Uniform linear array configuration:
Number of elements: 16
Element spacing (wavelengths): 0.75
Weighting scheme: uniform
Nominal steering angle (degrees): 60
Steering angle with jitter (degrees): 60.464
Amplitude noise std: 0.05
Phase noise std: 0.05

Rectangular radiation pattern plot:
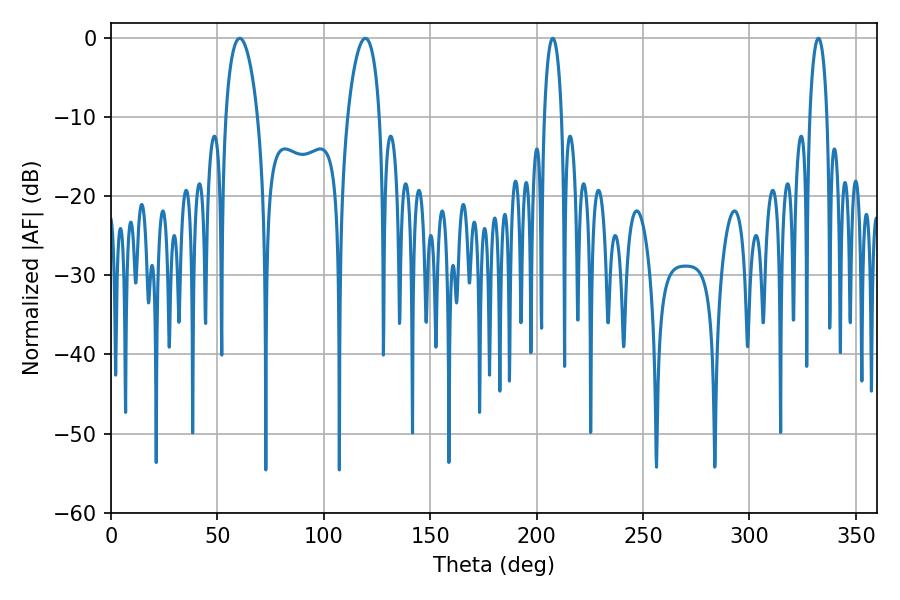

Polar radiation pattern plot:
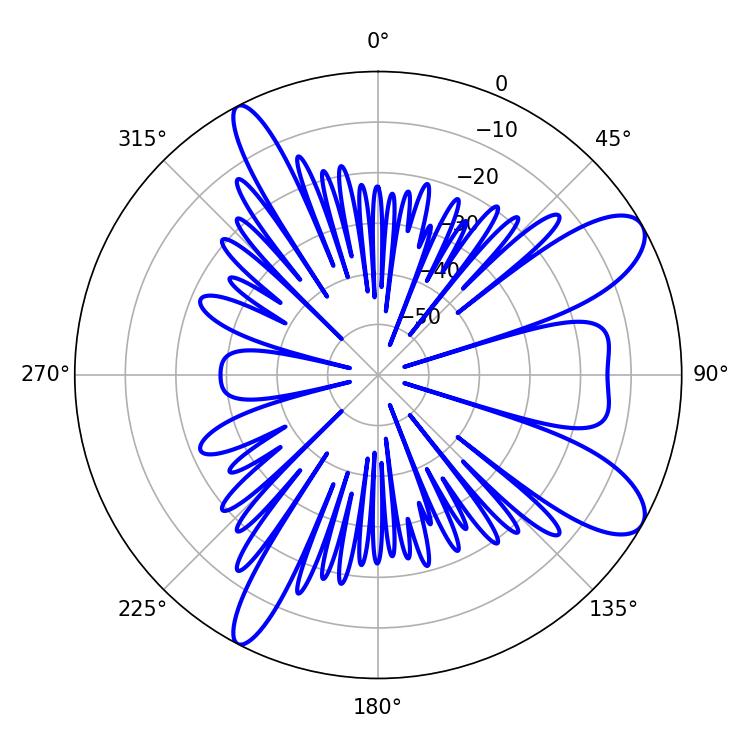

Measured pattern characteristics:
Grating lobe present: TRUE
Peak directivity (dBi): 9.784
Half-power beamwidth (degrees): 8.46
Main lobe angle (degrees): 60.48